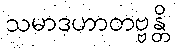
သမာဒဟာတဗ္ဗန္တိ